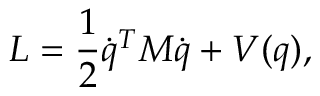
L = \frac 1 2 \dot { q } ^ { T } { \cal M } \dot { q } + { \cal V } ( q ) ,